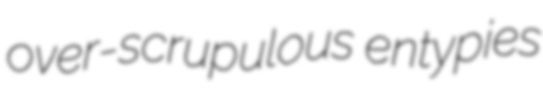
over-scrupulous entypies